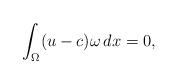
LaTeX: \begin{align*} \int_{\Omega} (u -c) \omega \, dx = 0, \end{align*}